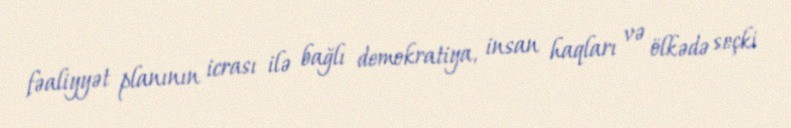
fəaliyyət planının icrası ilə bağlı demokratiya, insan haqları və ölkədə seçki